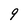
Character: 9